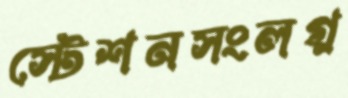
স্টেশনসংলগ্ন